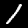
Label: 1